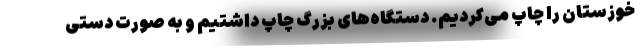
خوزستان را چاپ می‌کردیم. دستگاه‌های بزرگ چاپ داشتیم و به صورت دستی